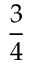
\frac { 3 } { 4 }